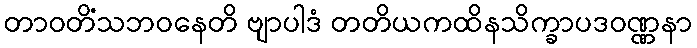
တာဝတိံသဘဝနေတိ ဗျာပါဒံ တတိယကထိနသိက္ခာပဒဝဏ္ဏနာ